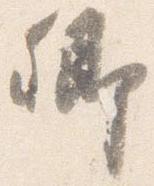
卿